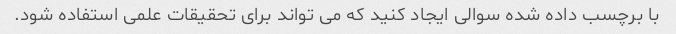
با برچسب داده شده سوالی ایجاد کنید که می تواند برای تحقیقات علمی استفاده شود.